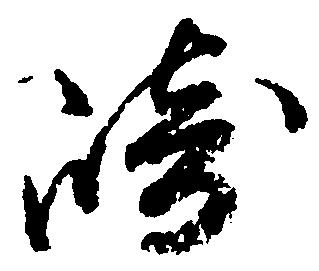
崎